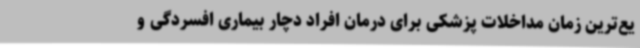
یع‌ترین زمان مداخلات پزشکی برای درمان افراد دچار بیماری افسردگی و